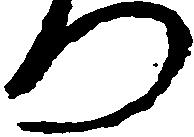
つ